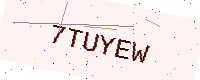
Text: 7TUYEW